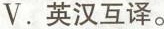
V. 英汉互译。